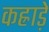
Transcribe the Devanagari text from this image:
कह्राड़े